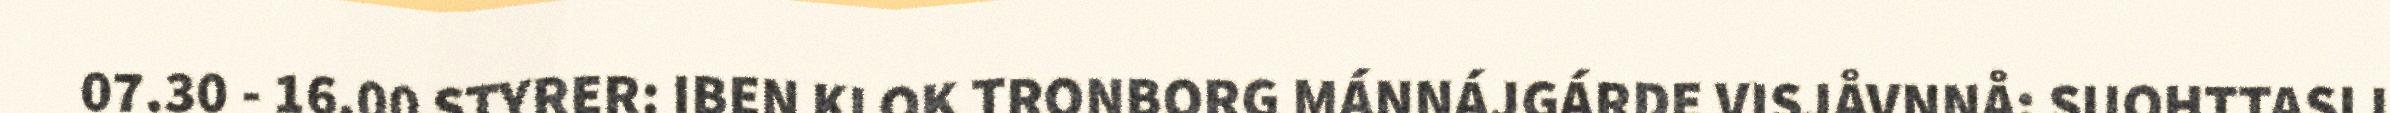
07.30 - 16.00 STYRER: IBEN KLOK TRONBORG MÁNNÁJGÁRDE VISJÅVNNÅ: SUOHTTASIJ